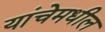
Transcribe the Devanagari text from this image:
यांचेमधील